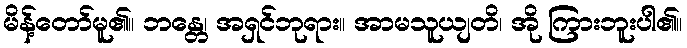
မိန့်တော်မူ၏။ ဘန္တေ၊ အရှင်ဘုရား။ အာမသူယျတိ၊ အို ကြားဘူးပါ၏။